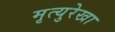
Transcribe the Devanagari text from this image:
मृत्युरेखा